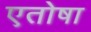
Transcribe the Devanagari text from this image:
एतोषा